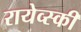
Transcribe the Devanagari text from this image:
रायेव्स्की